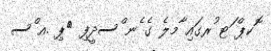
ޮކޕް ަޓ ުރގައި ާމލެ ގެ ެނ ްސދީފި 	ޕި .އ ްސ